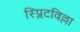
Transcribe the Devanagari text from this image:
स्प्लिटविल्ला